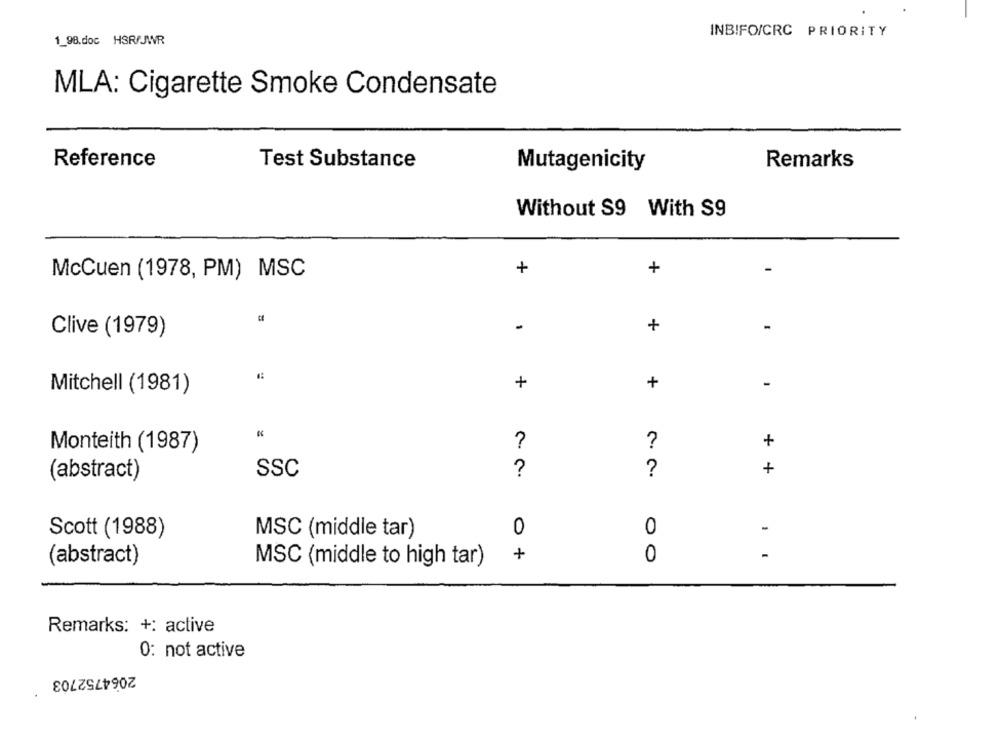
INBIFO/CRC PRIORITY
1_98.doc HSR/JWR
MLA: Cigarette Smoke Condensate
Reference
Remarks
Test Substance
Mutagenicity
Without S9 With S9
McCuen (1978, PM) MSC
+
+
-
Clive (1979)
+
+
+
-
Mitchell (1981)
+
Monteith (1987)
SSC
?
?
+
(abstract)
Scott (1988)
MSC (middle tar)
0
0
-
+
(abstract)
MSC (middle to high tar)
0
Remarks: +: active
0: not active
2064752703